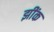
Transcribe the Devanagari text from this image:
झींक